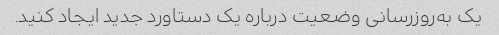
یک به‌روزرسانی وضعیت درباره یک دستاورد جدید ایجاد کنید.